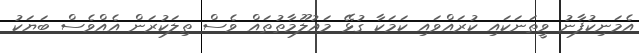
އެމަނިކުފާނު ވީތަނަކައި ކުރައްވައި ކަމަކާ ގުޅޭ މައުލޫމާތުތައް ވެސް ތިލަކުރަން އެއްވެސް ބަޔަކު